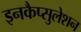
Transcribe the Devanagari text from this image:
इनकैप्सुलेशन